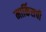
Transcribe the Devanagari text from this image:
मार्किसची